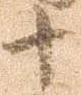
十